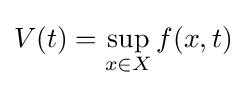
V(t)=\sup _{x\in X}f(x,t)